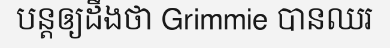
បន្តឲ្យដឹងថា Grimmie បានឈរ